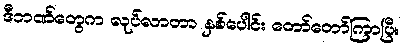
ဒီဘဏ်တွေက လုပ်လာတာ နှစ်ပေါင်း တော်တော်ကြာပြီ။